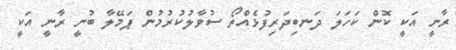
ރާނީ އަކީ ކޮން ކަހަލަ ދަނބިދަރިފުޅެއްތޯ ސުވާލުކުރުމުން ޕަމޭލާ ބުނީ ރާނީ އަކީ